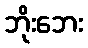
ဘိုးဘေး